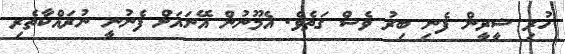
ހުރި ޝީރީން ފެނި ބިރު ވެސް ގަތެވެ. އެމޫނުން އޭނައަށް ފެނުނީ ނުރައްކާތެރި